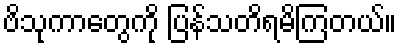
ဗိသုကာတွေကို ပြန်သတိရမိကြတယ်။